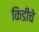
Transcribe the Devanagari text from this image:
किडींचे